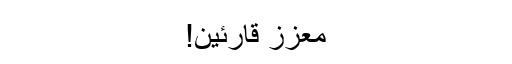
معزز قارئین!